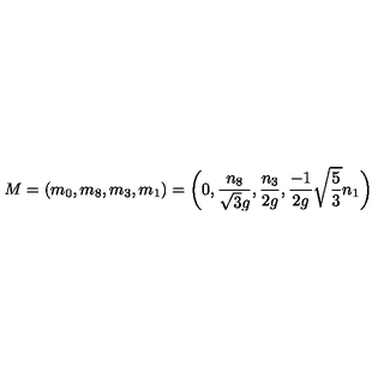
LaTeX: M = ( m _ { 0 } , m _ { 8 } , m _ { 3 } , m _ { 1 } ) = \biggl ( 0 , { \frac { n _ { 8 } } { \sqrt { 3 } g } } , { \frac { n _ { 3 } } { 2 g } } , { \frac { - { 1 } } { 2 g } } \sqrt { \frac { 5 } { 3 } } n _ { 1 } \biggr )